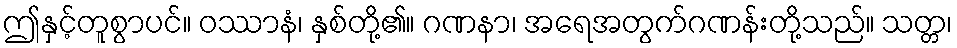
ဤနှင့်တူစွာပင်။ ဝဿာနံ၊ နှစ်တို့၏။ ဂဏနာ၊ အရေအတွက်ဂဏန်းတို့သည်။ သတ္တ၊